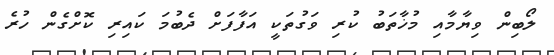
ލޯބިން ވިޔާމާއި މުޚާތަބު ކުރި ވަގުތަކީ އަފާފަށް ދެބުމަ ކައިރި ކޮށްގެން ހުރެ